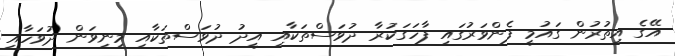
އޭގެ އިތުރުން ގައުމީ ފެންވަރުގައި ފާހަގަކުރާ ދުވަސްތަކާއި އީދު ދުވަސްތަކާއި މިނިވަން ދުވަހާއި